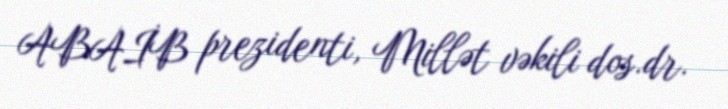
ABAİB prezidenti, Millət vəkili dos.dr.